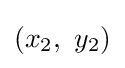
(x_{2},\ y_{2})